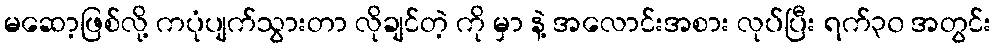
မဆော့ဖြစ်လို့ ကပုံပျက်သွားတာ လိုချင်တဲ့ ကို မှာ နဲ့ အလောင်းအစား လုပ်ပြီး ရက်၃၀ အတွင်း